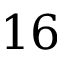
1 6